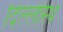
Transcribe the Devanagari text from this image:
दिल्लीस्थ